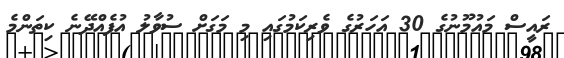
ރައީސް މައުމޫނުގެ 30 އަހަރުގެ ވެރިކަމުގައި މި މަގަށް ސުވާލު އުފެއްދޭނެ ކިތަންމެ